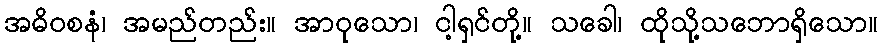
အဓိဝစနံ၊ အမည်တည်း။ အာဝုသော၊ ငါ့ရှင်တို့။ သခေါ၊ ထိုသို့သဘောရှိသော။